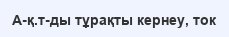
А-қ.т-ды тұрақты кернеу, ток